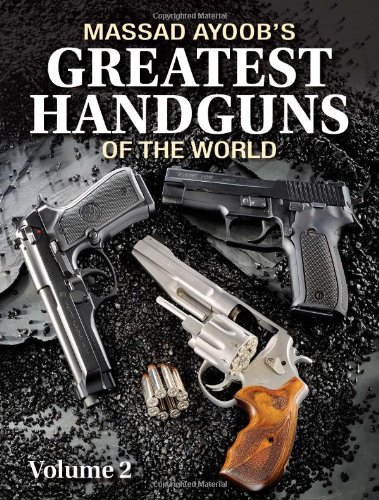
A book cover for Massad Ayoob's Greatest Handguns of the World Volume II; Massad F. Ayoob; Crafts, Hobbies & Home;